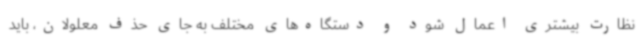
نظارت بیشتری اعمال شود و دستگاه‌های مختلف به جای حذف معلولان، باید